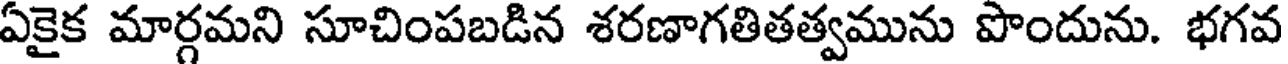
ఏకైక మార్గమని సూచింపబడిన శరణాగతితత్వమును పొందును. భగవ